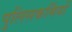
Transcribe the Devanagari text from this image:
पुलिसकर्मियों